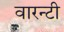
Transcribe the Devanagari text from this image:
वारन्टी